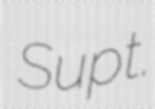
Supt.